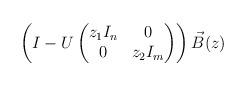
LaTeX: \begin{align*} \left(I-U \begin{pmatrix} z_1 I_n & 0 \\ 0 & z_2 I_m \end{pmatrix}\right) \vec{B}(z)\end{align*}